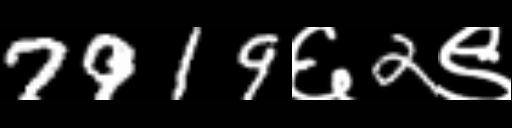
Text: 7919६2९